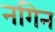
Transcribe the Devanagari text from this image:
नगिन